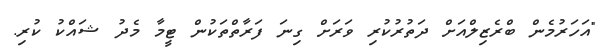
"އަހަރުމެން ބްރެޒިލްއަށް ދަތުރުކުރި ވަރަށް ގިނަ ފަރާތްތަކުން ޓީމާ މެދު ޝައްކު ކުރި.